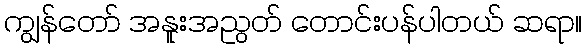
ကျွန်တော် အနူးအညွတ် တောင်းပန်ပါတယ် ဆရာ။